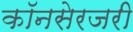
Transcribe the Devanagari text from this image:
कॉनसेरजरी